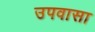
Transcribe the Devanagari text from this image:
उपवासा